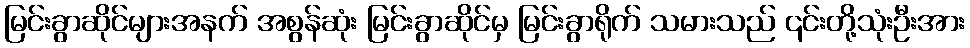
မြင်းခွာဆိုင်များအနက် အစွန်ဆုံး မြင်းခွာဆိုင်မှ မြင်းခွာရိုက် သမားသည် ၎င်းတို့သုံးဦးအား